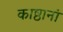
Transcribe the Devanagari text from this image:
काष्ठानां